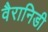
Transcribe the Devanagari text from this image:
वैरानिडी